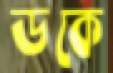
ডকে